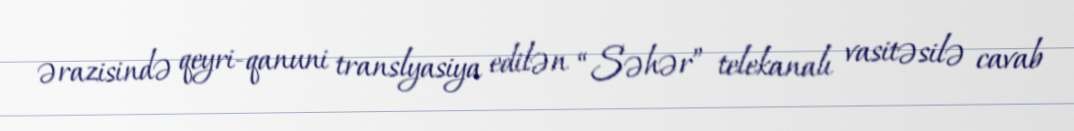
ərazisində qeyri-qanuni translyasiya edilən “Səhər” telekanalı vasitəsilə cavab